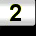
Digit: 2